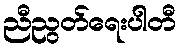
ညီညွတ်ရေးပါတီ